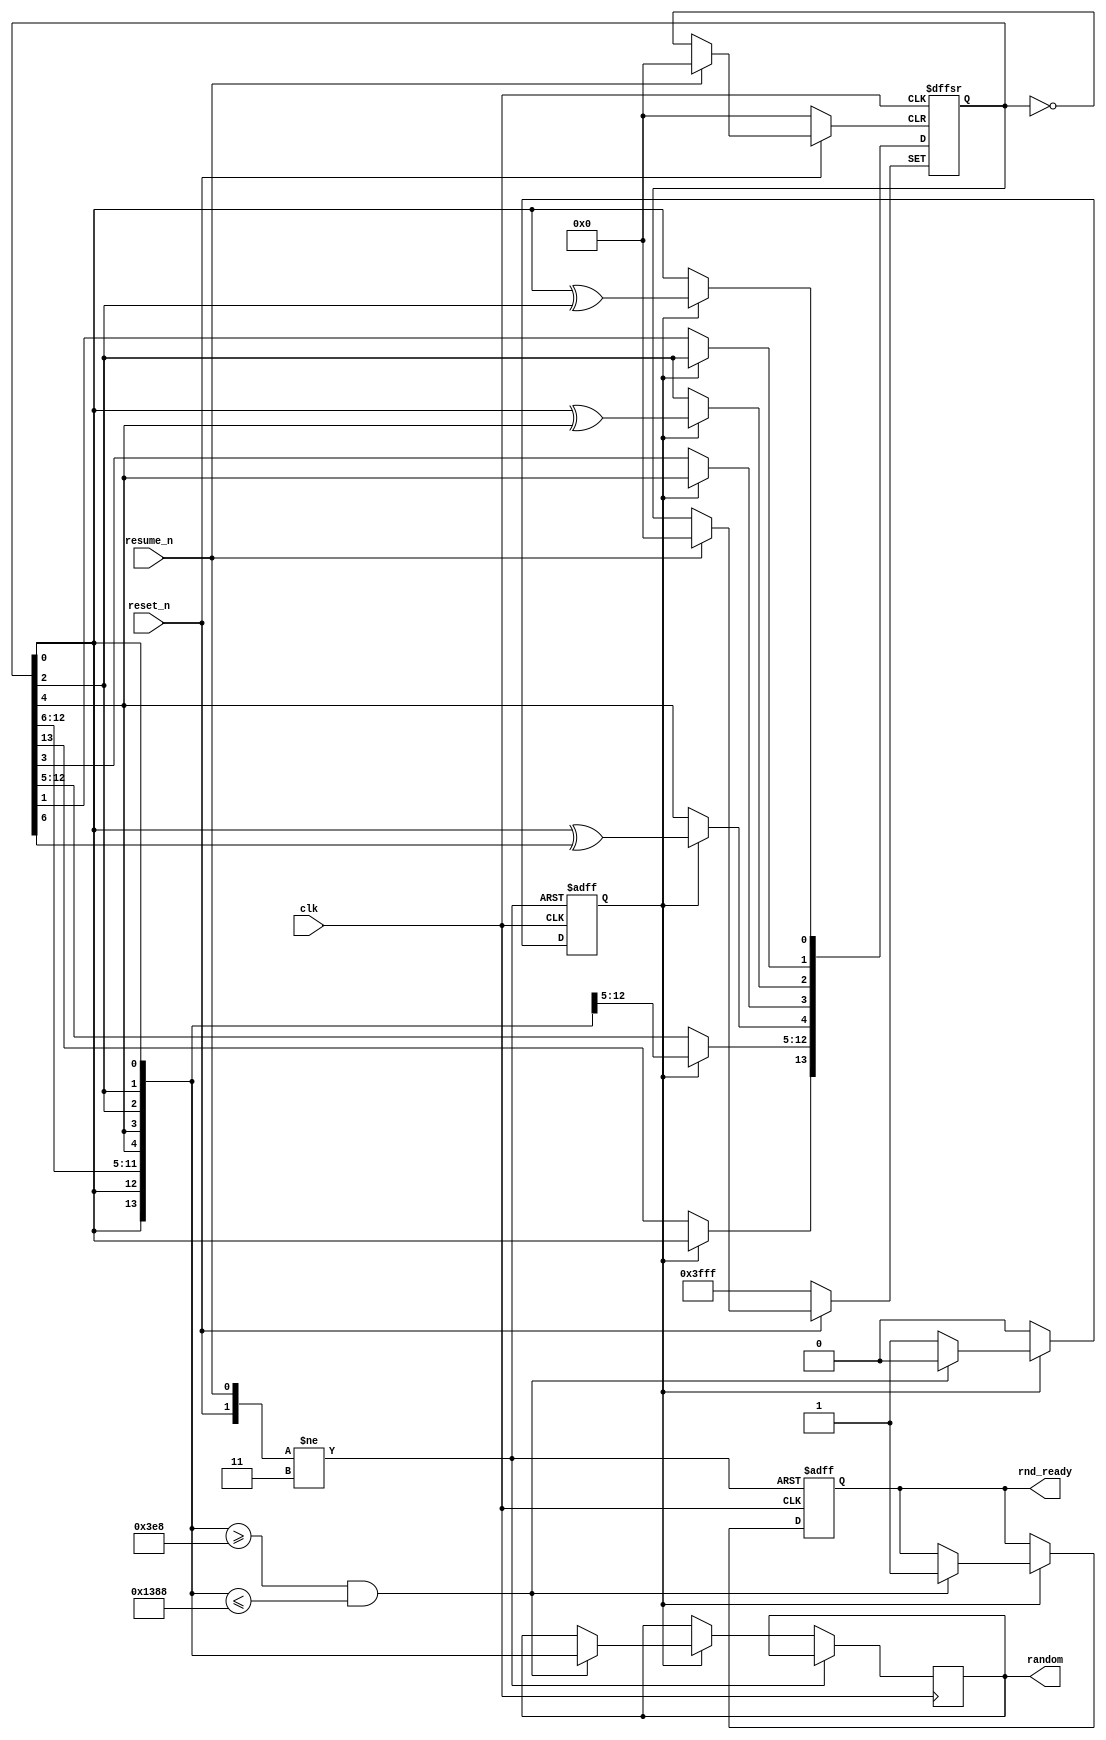
module random (input clk, reset_n, resume_n, output reg [13:0] random,
	output reg rnd_ready);
	//for 14 bits Liner Feedback Shift Register,
	//the Taps that need to be XNORed are: 14, 5, 3, 1
	wire xnor_taps, and_allbits, feedback;
	reg [13:0] reg_values;
	reg enable=1;
	always @ (posedge clk, negedge reset_n, negedge resume_n) begin
		if (!reset_n) begin
			reg_values<=14'b11111111111111;
			//the LFSR cannot be all 0 at beginning.
			enable<=1;
			rnd_ready<=0;
		end
		else if (!resume_n) begin
			enable<=1;
			rnd_ready<=0;
			reg_values<=reg_values;
		end
		else begin
			if (enable) begin
				reg_values[13]=reg_values[0];
				reg_values[12:5]=reg_values[13:6];
				reg_values[4]<=reg_values[0] ^ reg_values[5];
				// tap 5 of the diagram from the lab manual
				reg_values[3]=reg_values[4];
				reg_values[2]<=reg_values[0] ^ reg_values[3];
				// tap 3 of the diagram from the lab manual
				reg_values[1]=reg_values[2];
				reg_values[0]<=reg_values[0] ^ reg_values[1];
				// tap 1 of the diagram from the lab manual
				/* fill your code here to make sure the random */
				
				/* number is between 1000 and 5000 */
				
				if (reg_values >= 1000 && reg_values <= 5000) begin
					random <= reg_values;
					rnd_ready <= 1'b1;
					enable <= 1'b0;
				end
				
			end //end of ENABLE.
		end
	end
endmodule